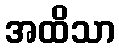
အထိသာ